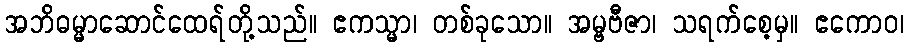
အဘိဓမ္မာဆောင်ထေရ်တို့သည်။ ဧကသ္မာ၊ တစ်ခုသော။ အမ္ဗဗီဇာ၊ သရက်စေ့မှ။ ဧကောဝ၊